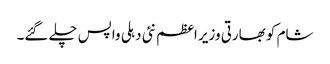
شام کو بھارتی وزیر اعظم نئی دہلی واپس چلے گئے۔